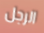
الرجل